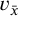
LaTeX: \ v _ { \bar { x } }